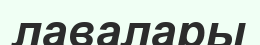
лавалары